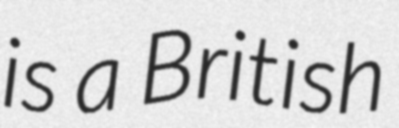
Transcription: is a British